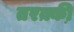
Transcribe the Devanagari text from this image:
तरक़्की़